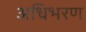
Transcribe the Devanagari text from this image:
अधिभरण